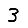
Digit: 3